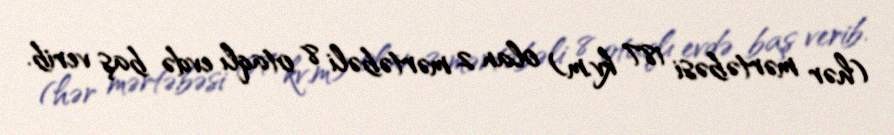
(hər mərtəbəsi 187 kv.m) olan 2 mərtəbəli 8 otaqlı evdə baş verib.